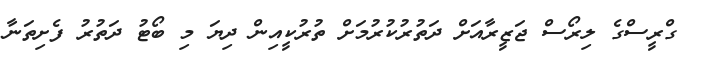
ގްރީސްގެ ލިރޯސް ޖަޒީރާއަށް ދަތުރުކުރުމަށް ތުރުކީއިން ދިޔަ މި ބޯޓު ދަތުރު ފެށިތަނާ